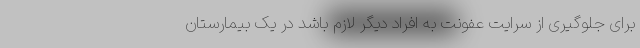
برای جلوگیری از سرایت عفونت به افراد دیگر لازم باشد در یک بیمارستان